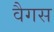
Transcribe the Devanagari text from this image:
वैगस